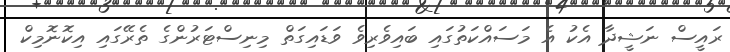
ރައީސް ނަޝީދާ އެކު އެ މަސައްކަތުގައި ބައިވެރިވެ ވަޑައިގަތް މިނިސްޓަރުންގެ ތެރޭގައި އިކޮނޮމިކް